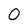
Character: 0